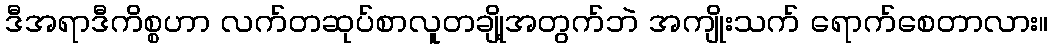
ဒီအရာဒီကိစ္စဟာ လက်တဆုပ်စာလူတချို့အတွက်ဘဲ အကျိုးသက် ရောက်စေတာလား။